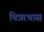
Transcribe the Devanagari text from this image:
चित्ररथास